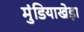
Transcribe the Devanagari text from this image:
मुंडियाखेड़ा